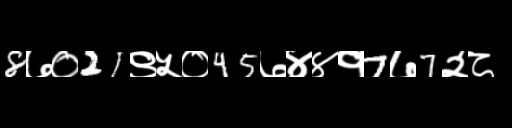
Text: 8७०21९५०45७४४१7७7२८